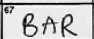
Transcription: BAR